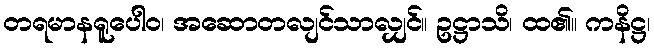
တရမာနရူပေါဝ၊ အဆောတလျင်သာလျှင်။ ဥဋ္ဌာသိ၊ ထ၏။ ကနိဋ္ဌ၊